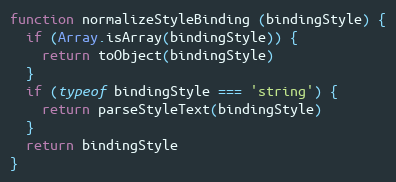
Language: JavaScript
function normalizeStyleBinding (bindingStyle) {
  if (Array.isArray(bindingStyle)) {
    return toObject(bindingStyle)
  }
  if (typeof bindingStyle === 'string') {
    return parseStyleText(bindingStyle)
  }
  return bindingStyle
}